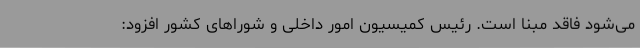
می‌شود فاقد مبنا است. رئیس کمیسیون امور داخلی و شوراهای کشور افزود: